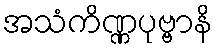
အသံကိဏ္ဏပုဗ္ဗာနိ